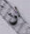
لن